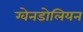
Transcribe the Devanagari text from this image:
ग्वेनडोलियन